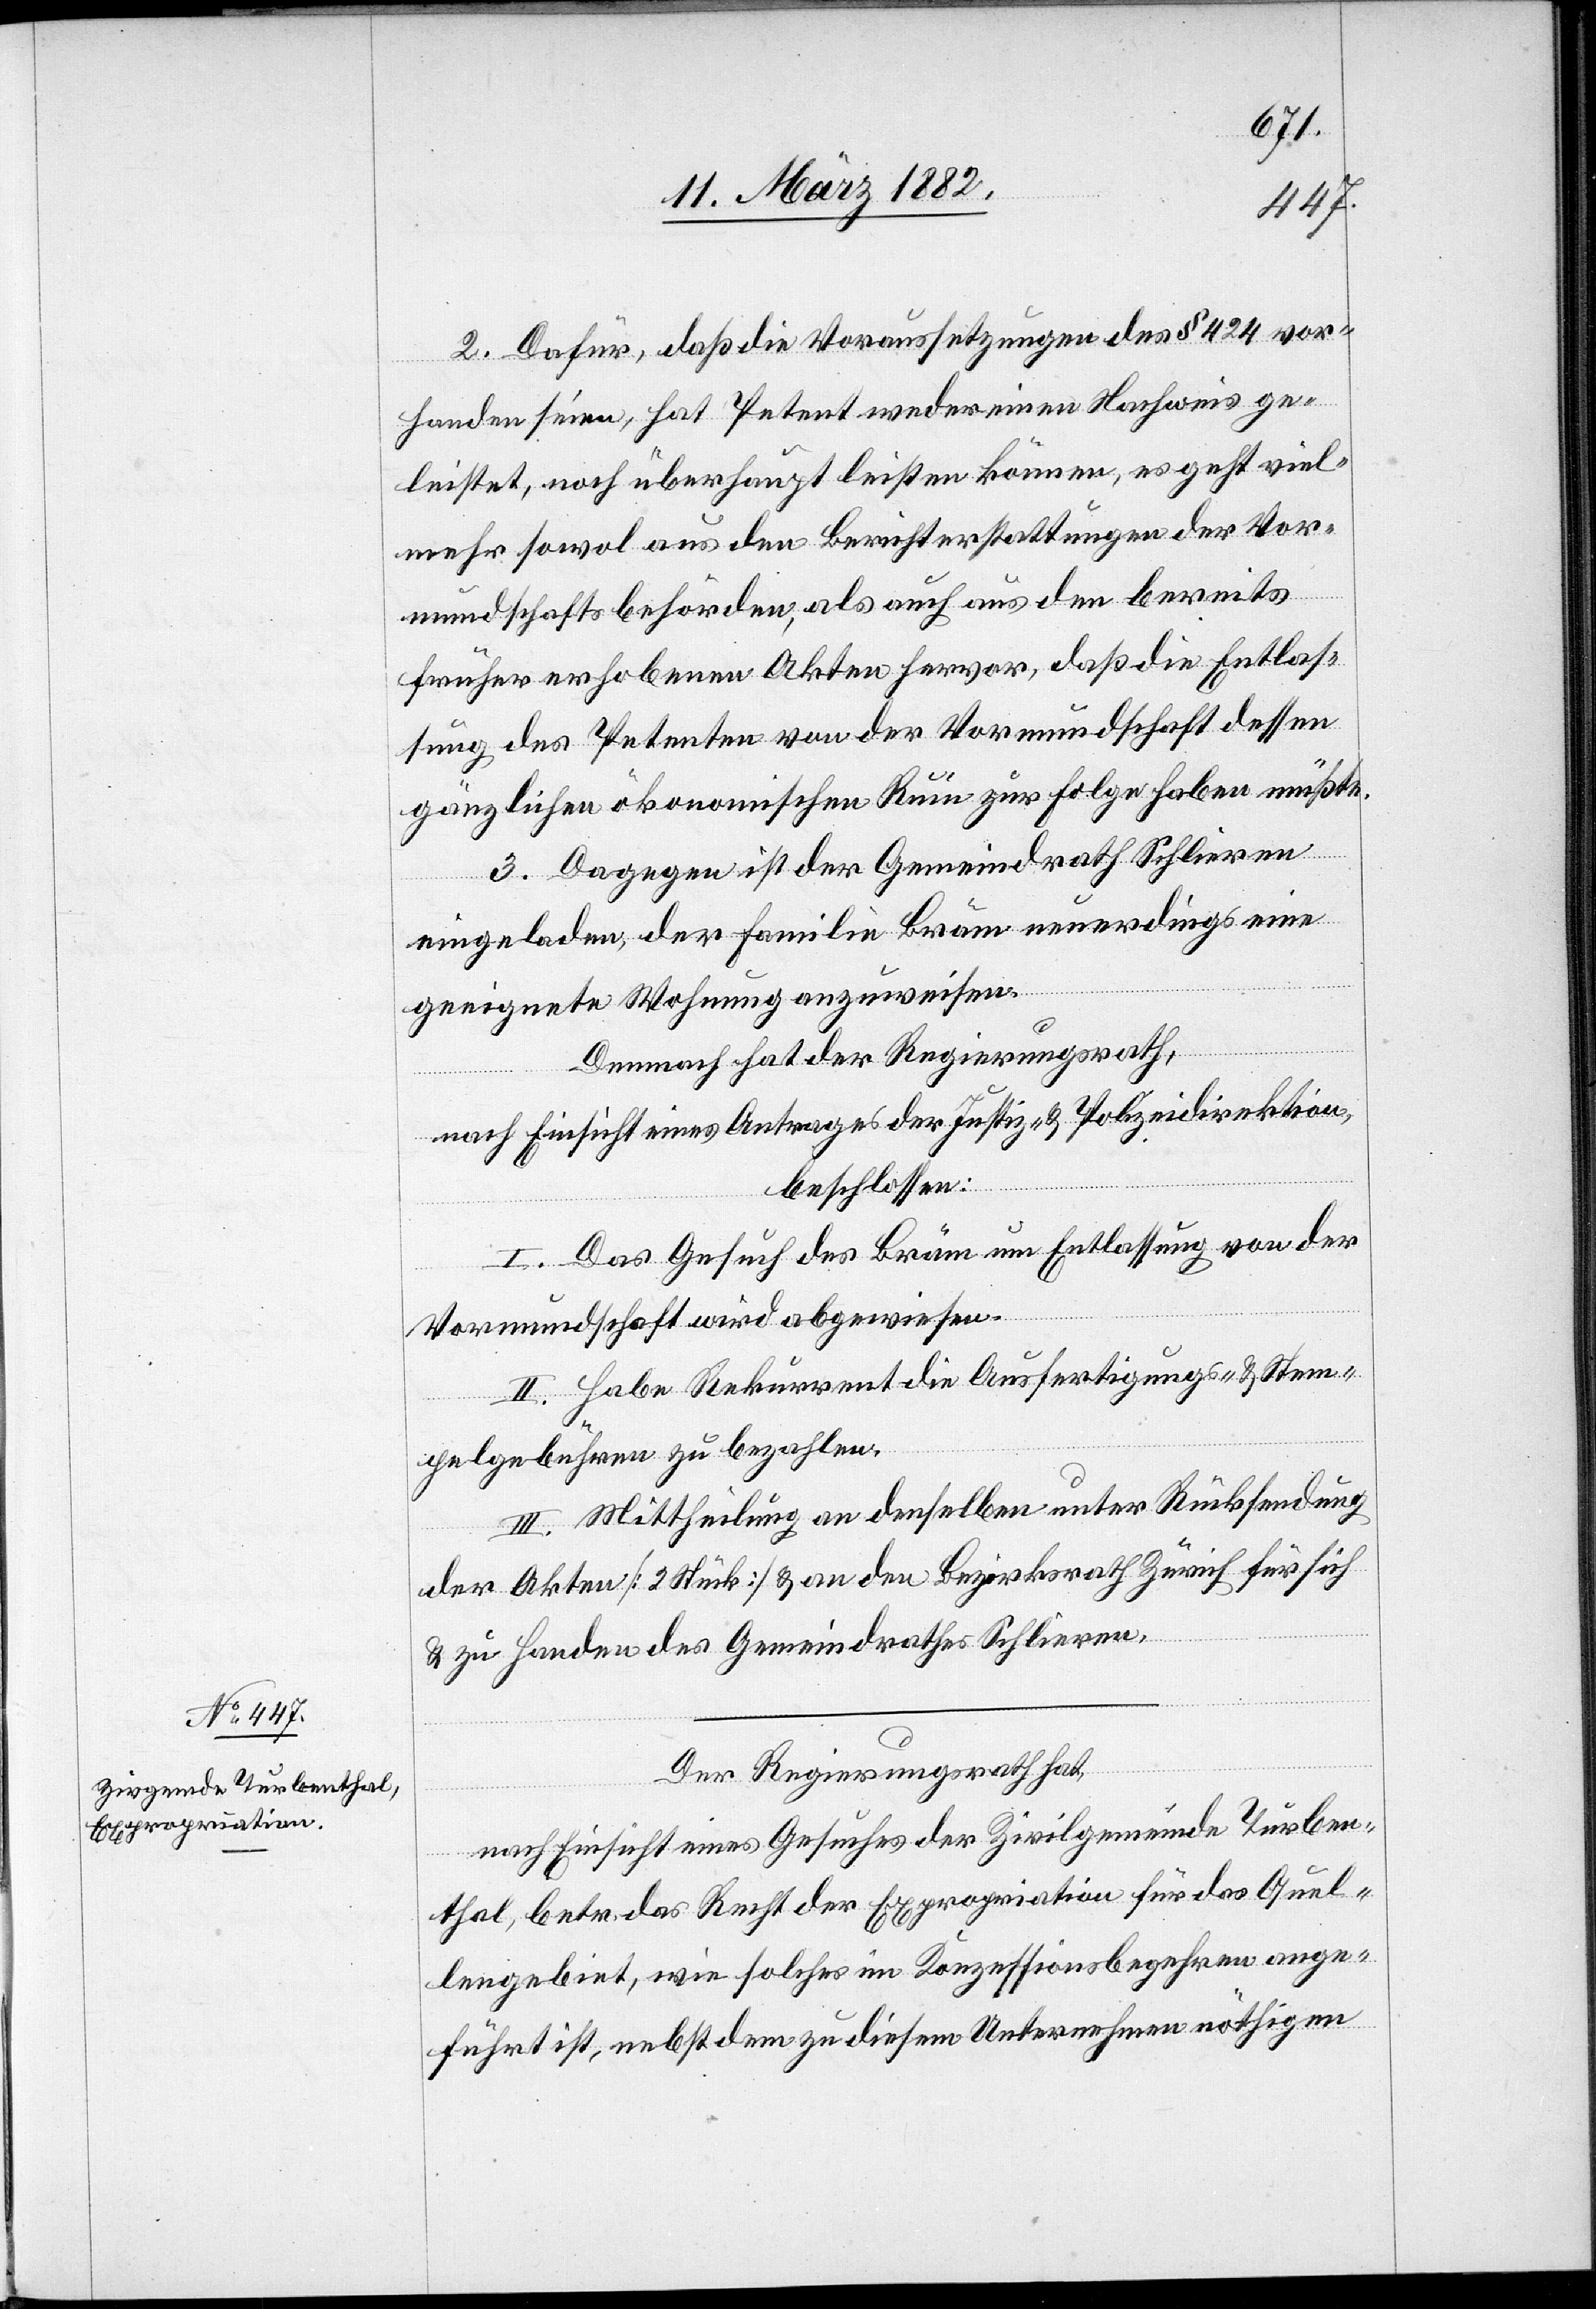
2. Dafür, daß die Voraussetzungen des § 424 vor¬
handen seien, hat Petent weder einen Nachweis ge¬
leistet, noch überhaupt leisten können, es geht viel¬
mehr sowol aus den Berichterstattungen der Vor¬
mundschaftbehörde, als auch aus den bereits
früher erhobenen Akten hervor, daß die Entlas¬
sung des Petenten von der Vormundschaft dessen
gänzlichen ökonomischen Ruin zur Folge haben müßte¬
n.
3. Dagegen ist der Gemeindrath Schlieren
eingeladen, der Familie Bräm neuerdings eine
geeignete Wohnung anzuweisen.
Demnach hat der Regierungsrath,
nach Einsicht eines Antrages der Justiz- & Polizeidirektion,
beschlossen:
I. Das Gesuch des Bräm um Entlassung von der
Vormundschaft wird abgewiesen.
II. Habe Rekurrent die Ausfertigungs- & Stem¬
pelgebühren zu bezahlen.
III. Mittheilung an denselben unter Rücksendung
der Akten [2 Stück] & an den Bezirksrath Zürich für sich
& zu Handen des Gemeindrathes Schlieren.
Der Regierungsrath hat,
nach Einsicht eines Gesuches der Zivilgemeinde Turben¬
thal, betr. das Recht der Expropriation für das Quel¬
lengebiet, wie solches im Konzessionsbegehren ange¬
führt ist, nebst dem zu diesem Unternehmen nöthigen